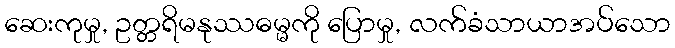
ဆေးကုမှု, ဥတ္တရိမနုဿဓမ္မကို ပြောမှု, လက်ခံသာယာအပ်သော